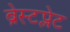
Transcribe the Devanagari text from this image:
ब्रेस्टप्लेट